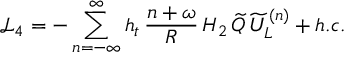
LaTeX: \mathcal { L } _ { 4 } = - \sum _ { n = - \infty } ^ { \infty } h _ { t } \, \frac { n + \omega } { R } \, H _ { 2 } \, \widetilde { Q } \, \widetilde { U } _ { L } ^ { ( n ) } + h . c .